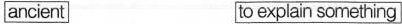
ancient to explain something